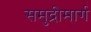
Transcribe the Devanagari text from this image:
समुद्रीमार्ग